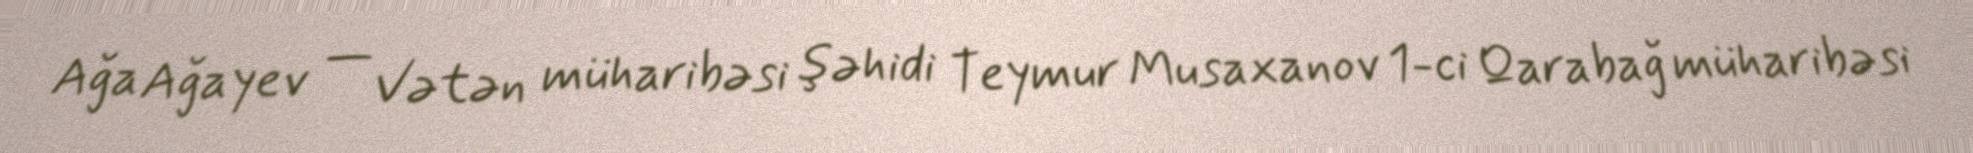
Ağa Ağayev — Vətən müharibəsi şəhidi Teymur Musaxanov 1-ci Qarabağ müharibəsi